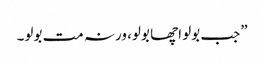
”جب بولو اچھا بولو، ورنہ مت بولو۔